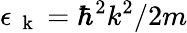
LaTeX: \epsilon_{\mathrm{~\mathbf~k~}}=\hbar^{2}k^{2}/2m